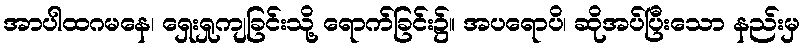
အာပါထဂမနေ၊ ရှေးရှုကျခြင်းသို့ ရောက်ခြင်း၌။ အပရောပိ၊ ဆိုအပ်ပြီးသော နည်းမှ